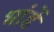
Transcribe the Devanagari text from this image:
भांडें